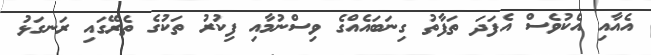
އެއާއި އެކުވެސް އެފަދަ ތަފާތު ގިނަބައެއްގެ ވިސްނުމާއި ފިކުރު ތަކުގެ ތެރޭގައި ރަނގަޅު